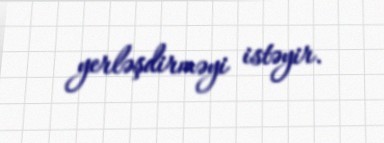
yerləşdirməyi istəyir.